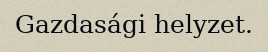
Gazdasági helyzet.